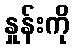
နှုန်းကို